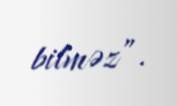
bilməz”.